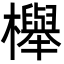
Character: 櫸